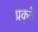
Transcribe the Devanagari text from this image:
प्रकृते